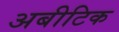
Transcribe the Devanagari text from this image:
अबीटिक